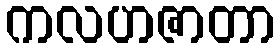
ကလဟဇာတာ